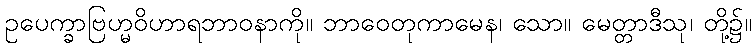
ဥပေက္ခာဗြဟ္မဝိဟာရဘာဝနာကို။ ဘာဝေတုကာမေန၊ သော။ မေတ္တာဒီသု၊ တို့၌။